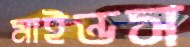
মাইন্ডস